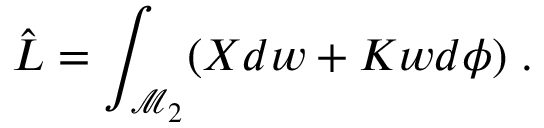
\hat { L } = \int _ { \mathcal { M } _ { 2 } } ( X d w + K w d \phi ) \; .